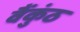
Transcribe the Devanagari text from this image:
वैंकुंठ